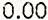
0.00